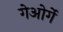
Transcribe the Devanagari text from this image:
गेओर्गे